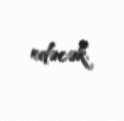
edəcək.